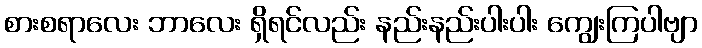
စားစရာလေး ဘာလေး ရှိရင်လည်း နည်းနည်းပါးပါး ကျွေးကြပါဗျာ